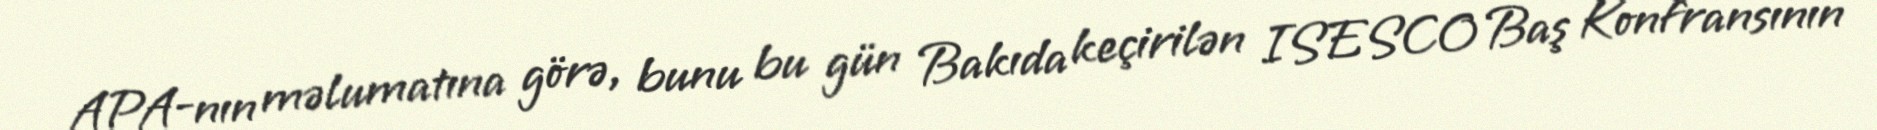
APA-nın məlumatına görə, bunu bu gün Bakıda keçirilən ISESCO Baş Konfransının